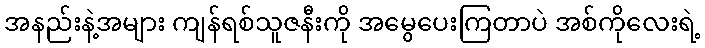
အနည်းနဲ့အများ ကျန်ရစ်သူဇနီးကို အမွေပေးကြတာပဲ အစ်ကိုလေးရဲ့